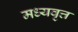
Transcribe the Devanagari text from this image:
मध्यवृत्त